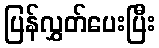
ပြန်လွှတ်ပေးပြီး